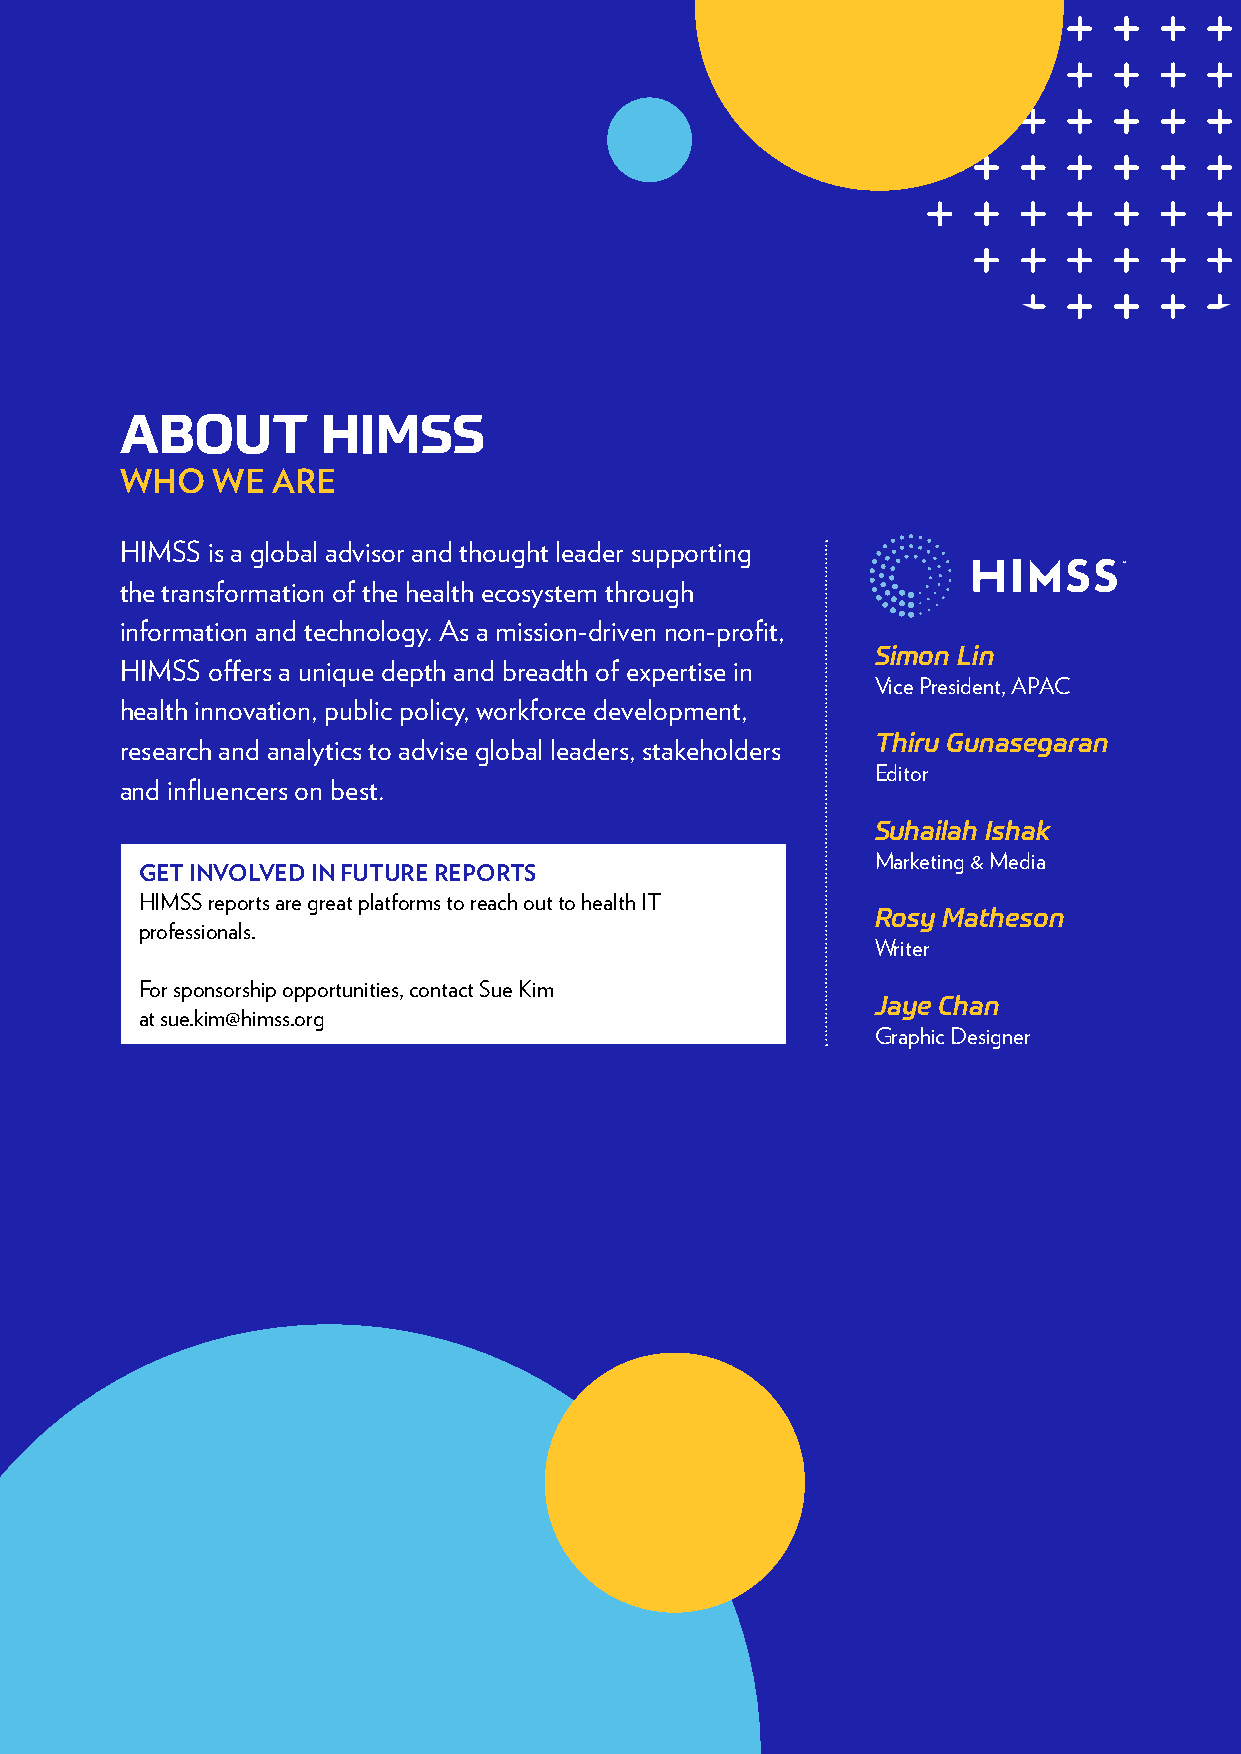
ABOUT        HIMSS
 WHO   WE  ARE
 HIMSS is a global advisor and thought leader supporting
 the transformation of the health ecosystem through
 information and technology. As a mission-driven non-profit,
 Simon Lin
 HIMSS offers a unique depth and breadth of expertise in
 Vice President, APAC
 health innovation, public policy, workforce development,
 Thiru Gunasegaran
 research and analytics to advise global leaders, stakeholders
 Editor
 and influencers on best.
 Suhailah Ishak
 Marketing & Media
 GET INVOLVED IN FUTURE REPORTS
 HIMSS reports are great platforms to reach out to health IT
 Rosy Matheson
 professionals.
 Writer
 For sponsorship opportunities, contact Sue Kim
 Jaye Chan
 at sue.kim@himss.org
 Graphic Designer